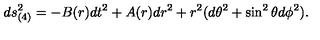
d s _ { ( 4 ) } ^ { 2 } = - B ( r ) d t ^ { 2 } + A ( r ) d r ^ { 2 } + r ^ { 2 } ( d \theta ^ { 2 } + \sin ^ { 2 } \theta d \phi ^ { 2 } ) .